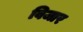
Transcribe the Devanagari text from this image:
विजार